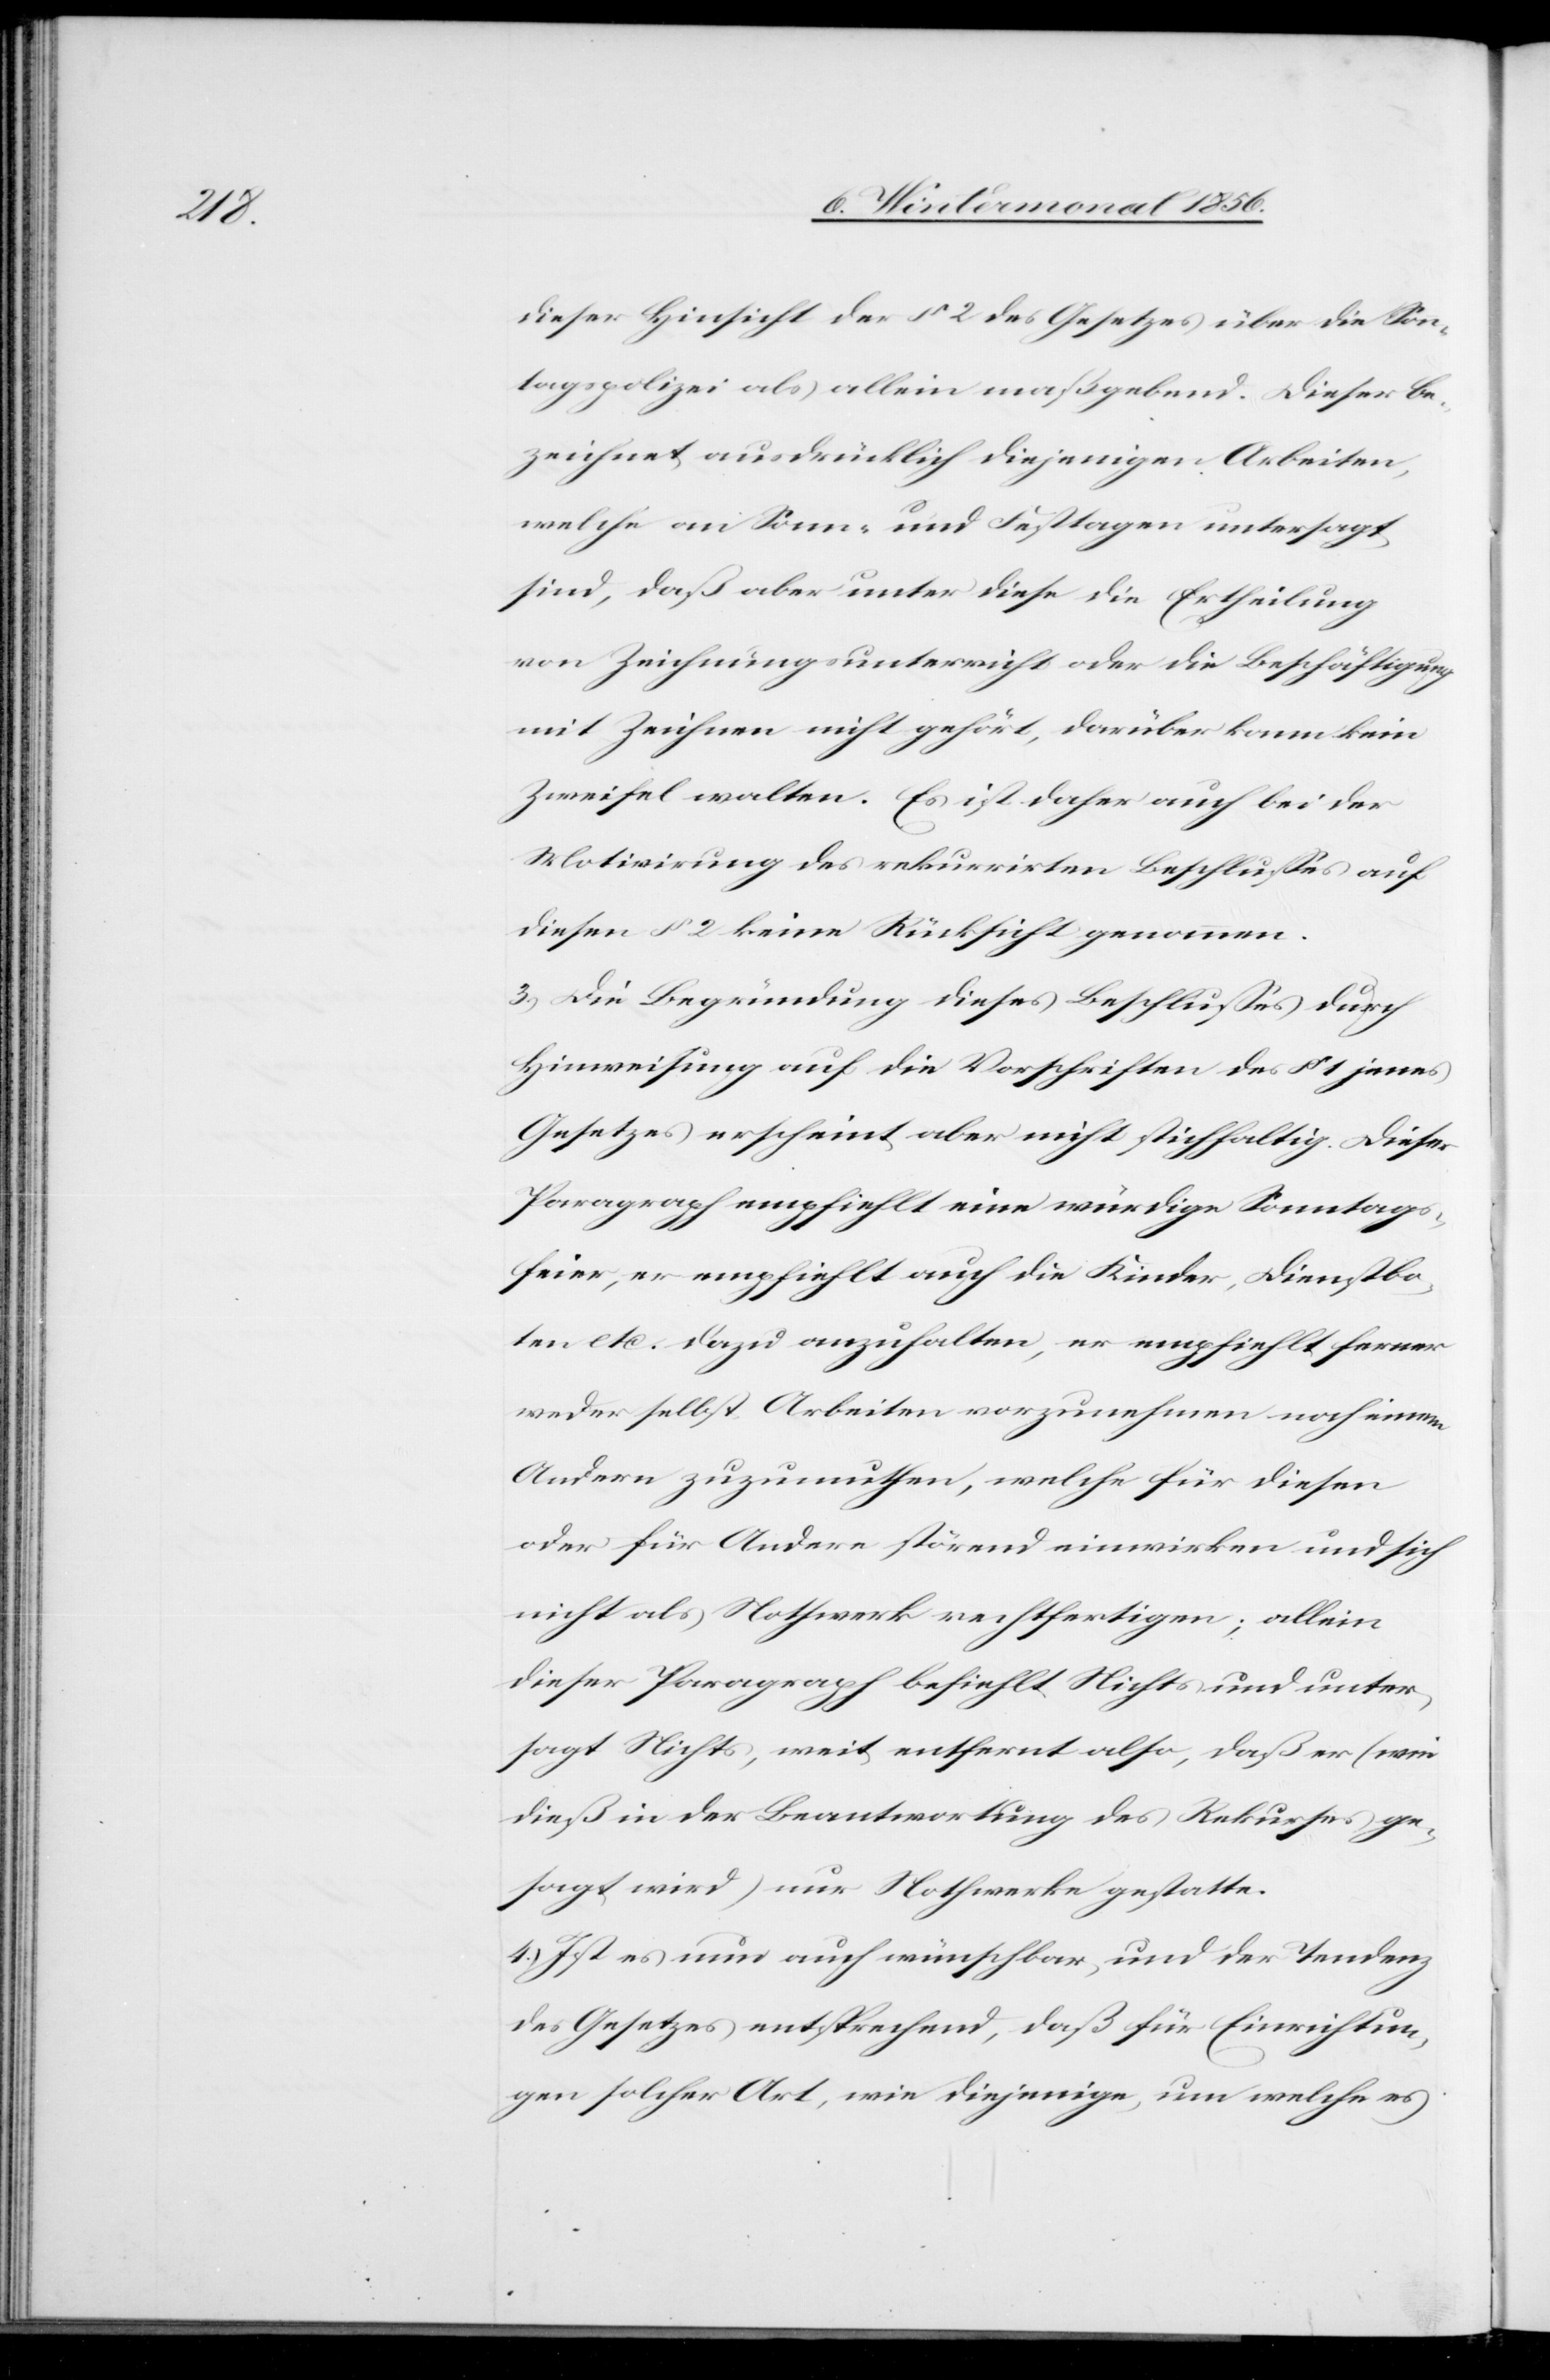
dieser Hinsicht der § 2 des Gesetzes über die Sonn¬
tagspolizei als allein maßgebend. Dieser be¬
zeichnet ausdrücklich diejenigen Arbeiten,
welche an Sonn- und Festtagen untersagt
sind, daß aber unter diese die Ertheilung
von Zeichnungsunterricht oder die Beschäftigung
mit Zeichnen nicht gehört, darüber kann kein
Zweifel walten. Es ist daher auch bei der
Motivirung des rekurrirten Beschlusses auf
diesen § 2 keine Rücksicht genommen.
3.) Die Begründung dieses Beschlusses durch
Hinweisung auf die Vorschriften des § 1 jenes
Gesetzes erscheint aber nicht stichhaltig. Dieser
Paragraph empfiehlt eine würdige Sonntags¬
feier, er empfiehlt auch die Kinder, Dienstbo¬
ten etc. dazu anzuhalten, er empfiehlt ferner
weder selbst Arbeiten vorzunehmen noch einem
Andern zuzumuthen, welche für diesen
oder für Andere störend einwirken und sich
nicht als Nothwerk rechtfertigen; allein
dieser Paragraph befiehlt Nichts und unter¬
sagt Nichts, weit entfernt also, daß er (wie
dieß in der Beantwortung des Rekurses ge¬
sagt wird) nur Nothwerke gestatte.
4.) Ist es nun auch wünschbar, und der Tendenz
des Gesetzes entsprechend, daß für Einrichtun¬
gen solcher Art, wie diejenige, um welche es